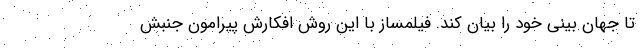
تا جهان بینی خود را بیان کند. فیلمساز با این روش افکارش پیرامون جنبش